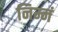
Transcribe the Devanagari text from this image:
निम्नं